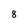
Character: 8